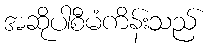
အဆိုပါစီမံကိန်းသည်